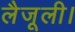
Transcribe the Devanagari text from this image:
लैजूली।